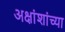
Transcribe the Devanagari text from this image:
अक्षांशांच्या